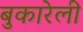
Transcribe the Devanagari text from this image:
बुकारेली